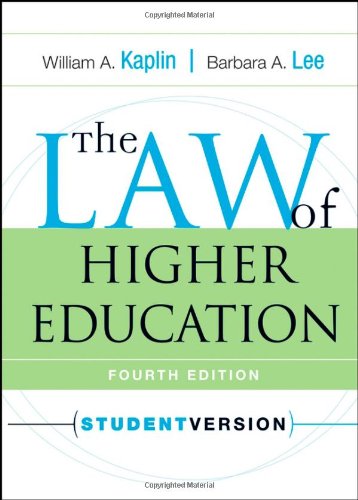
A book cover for The Law of Higher Education, 4th Edition; William A. Kaplin; Law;